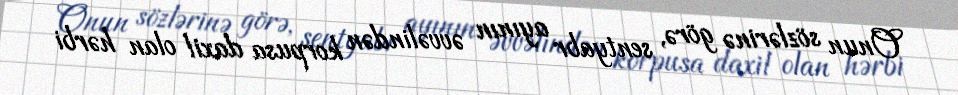
Onun sözlərinə görə, sentyabr ayının əvvəlindən korpusa daxil olan hərbi